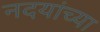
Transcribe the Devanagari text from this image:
नदयांच्या